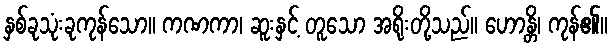
နှစ်ခုသုံးခုကုန်သော။ ကဏကာ၊ ဆူးနှင့် တူသော အရိုးတို့သည်။ ဟောန္တိ၊ ကုန်၏။